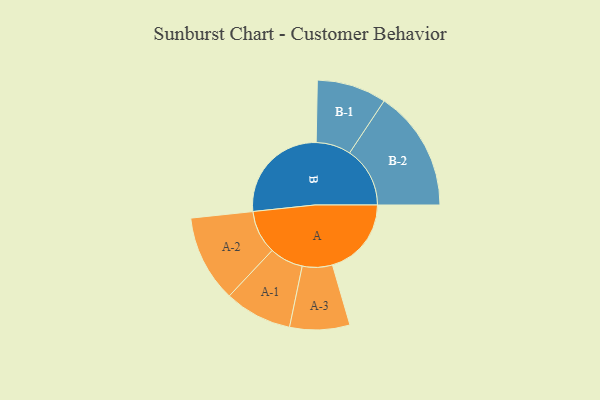
{"axis": {"x": "Segment", "y": "Value"}, "legend": ["", "A", "B"], "data": [{"x": "A", "y": 379, "type": ""}, {"x": "B", "y": 499, "type": ""}, {"x": "A-1", "y": 162, "type": "A"}, {"x": "A-2", "y": 209, "type": "A"}, {"x": "A-3", "y": 144, "type": "A"}, {"x": "B-1", "y": 167, "type": "B"}, {"x": "B-2", "y": 290, "type": "B"}]}